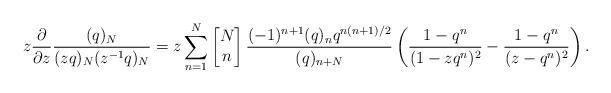
LaTeX: \begin{align*} z\frac{\partial}{\partial z}\frac{(q)_{N}}{(zq)_{N}(z^{-1}q)_{N}}=z\sum_{n=1}^{N}\left[\begin{matrix} N \\ n \end{matrix}\right]\frac{(-1)^{n+1}(q)_nq^{n(n+1)/2}}{(q)_{n+N}}\left(\frac{1-q^n}{(1-zq^n)^2}-\frac{1-q^n}{(z-q^n)^2}\right).\end{align*}